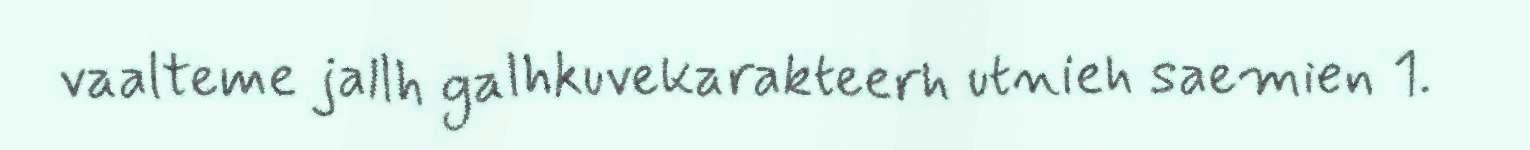
vaalteme jallh galhkuvekarakteerh utnieh saemien 1.